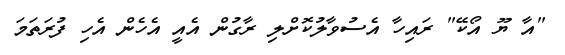
"އާ ޔޫ އޯކޭ" ރައިހާ އެސުވާލުކޮށްލި ރާގުން އެއީ އެހެން އެހި ފުރަތަމަ